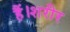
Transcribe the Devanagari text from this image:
हैं।शरीर